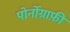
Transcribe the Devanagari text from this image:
पोर्नोग्राफ़ी